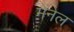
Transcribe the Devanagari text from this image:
मेंनेल